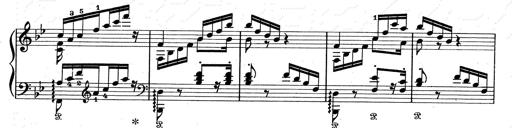
Title: Aus Lohengrin
Composer: Franz Liszt